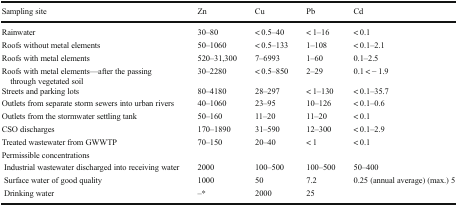
| Sampling site | Zn | Cu | Pb | Cd |
 | --- | --- | --- | --- | --- |
 | Rainwater | 30–80 | < 0.5–40 | < 1–16 | < 0.1 |
 | Roofs without metal elements | 50–1060 | < 0.5–133 | 1–108 | < 0.1–2.1 |
 | Roofs with metal elements | 520–31,300 | 7–6993 | 1–60 | 0.1–2.5 |
 | Roofs with metal elements—after the passing through vegetated soil | 30–2280 | < 0.5–850 | 2–29 | 0.1 < − 1.9 |
 | Streets and parking lots | 80–4180 | 28–297 | < 1–130 | < 0.1–35.7 |
 | Outlets from separate storm sewers into urban rivers | 40–1060 | 23–95 | 10–126 | < 0.1–0.6 |
 | Outlets from the stormwater settling tank | 50–160 | 11–20 | 11–20 | < 0.1 |
 | CSO discharges | 170–1890 | 31–590 | 12–300 | < 0.1–2.9 |
 | Treated wastewater from GWWTP | 70–150 | 20–40 | < 1 | < 0.1 |
 | Permissible concentrations |  |  |  |  |
 | Industrial wastewater discharged into receiving water | 2000 | 100–500 | 100–500 | 50–400 |
 | Surface water of good quality | 1000 | 50 | 7.2 | 0.25 (annual average) (max.) 5 |
 | Drinking water | –* | 2000 | 25 |  |